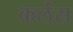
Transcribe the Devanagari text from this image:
कर्लेस